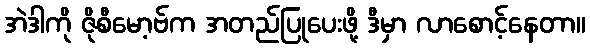
အဲဒါကို ဇိုစီမော့ဗ်က အတည်ပြုပေးဖို့ ဒီမှာ လာစောင့်နေတာ။